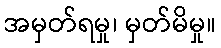
အမှတ်ရမှု၊ မှတ်မိမှု။